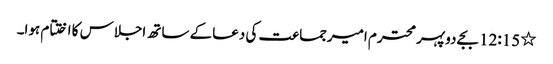
٭	12:15 بجے دوپہر محترم امیرجماعت کی دعاکے ساتھ اجلاس کا اختتام ہوا۔